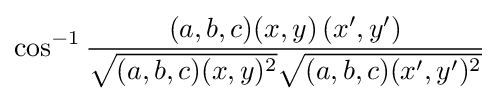
\cos ^{-1}{\frac {(a,b,c)(x,y)\left(x',y'\right)}{{\sqrt {(a,b,c)(x,y)^{2}}}{\sqrt {(a,b,c)(x',y')^{2}}}}}